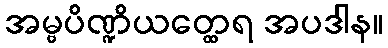
အမ္ဗပိဏ္ဍိယတ္ထေရ အပဒါန။